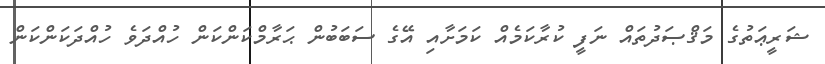
ޝަރީޢަތުގެ މަޤްޞަދުތައް ނަފީ ކުރާކަމެއް ކަމަށާއި އޭގެ ސަބަބުން ޙަރާމްކަންކަން ހުއްދަވެ ހުއްދަކަންކަން